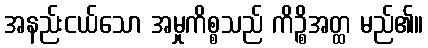
အနည်းငယ်သော အမှုကိစ္စသည် ကိဉ္စိအတ္ထ မည်၏။